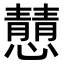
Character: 𪬿